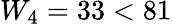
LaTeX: W_{4}=33<81